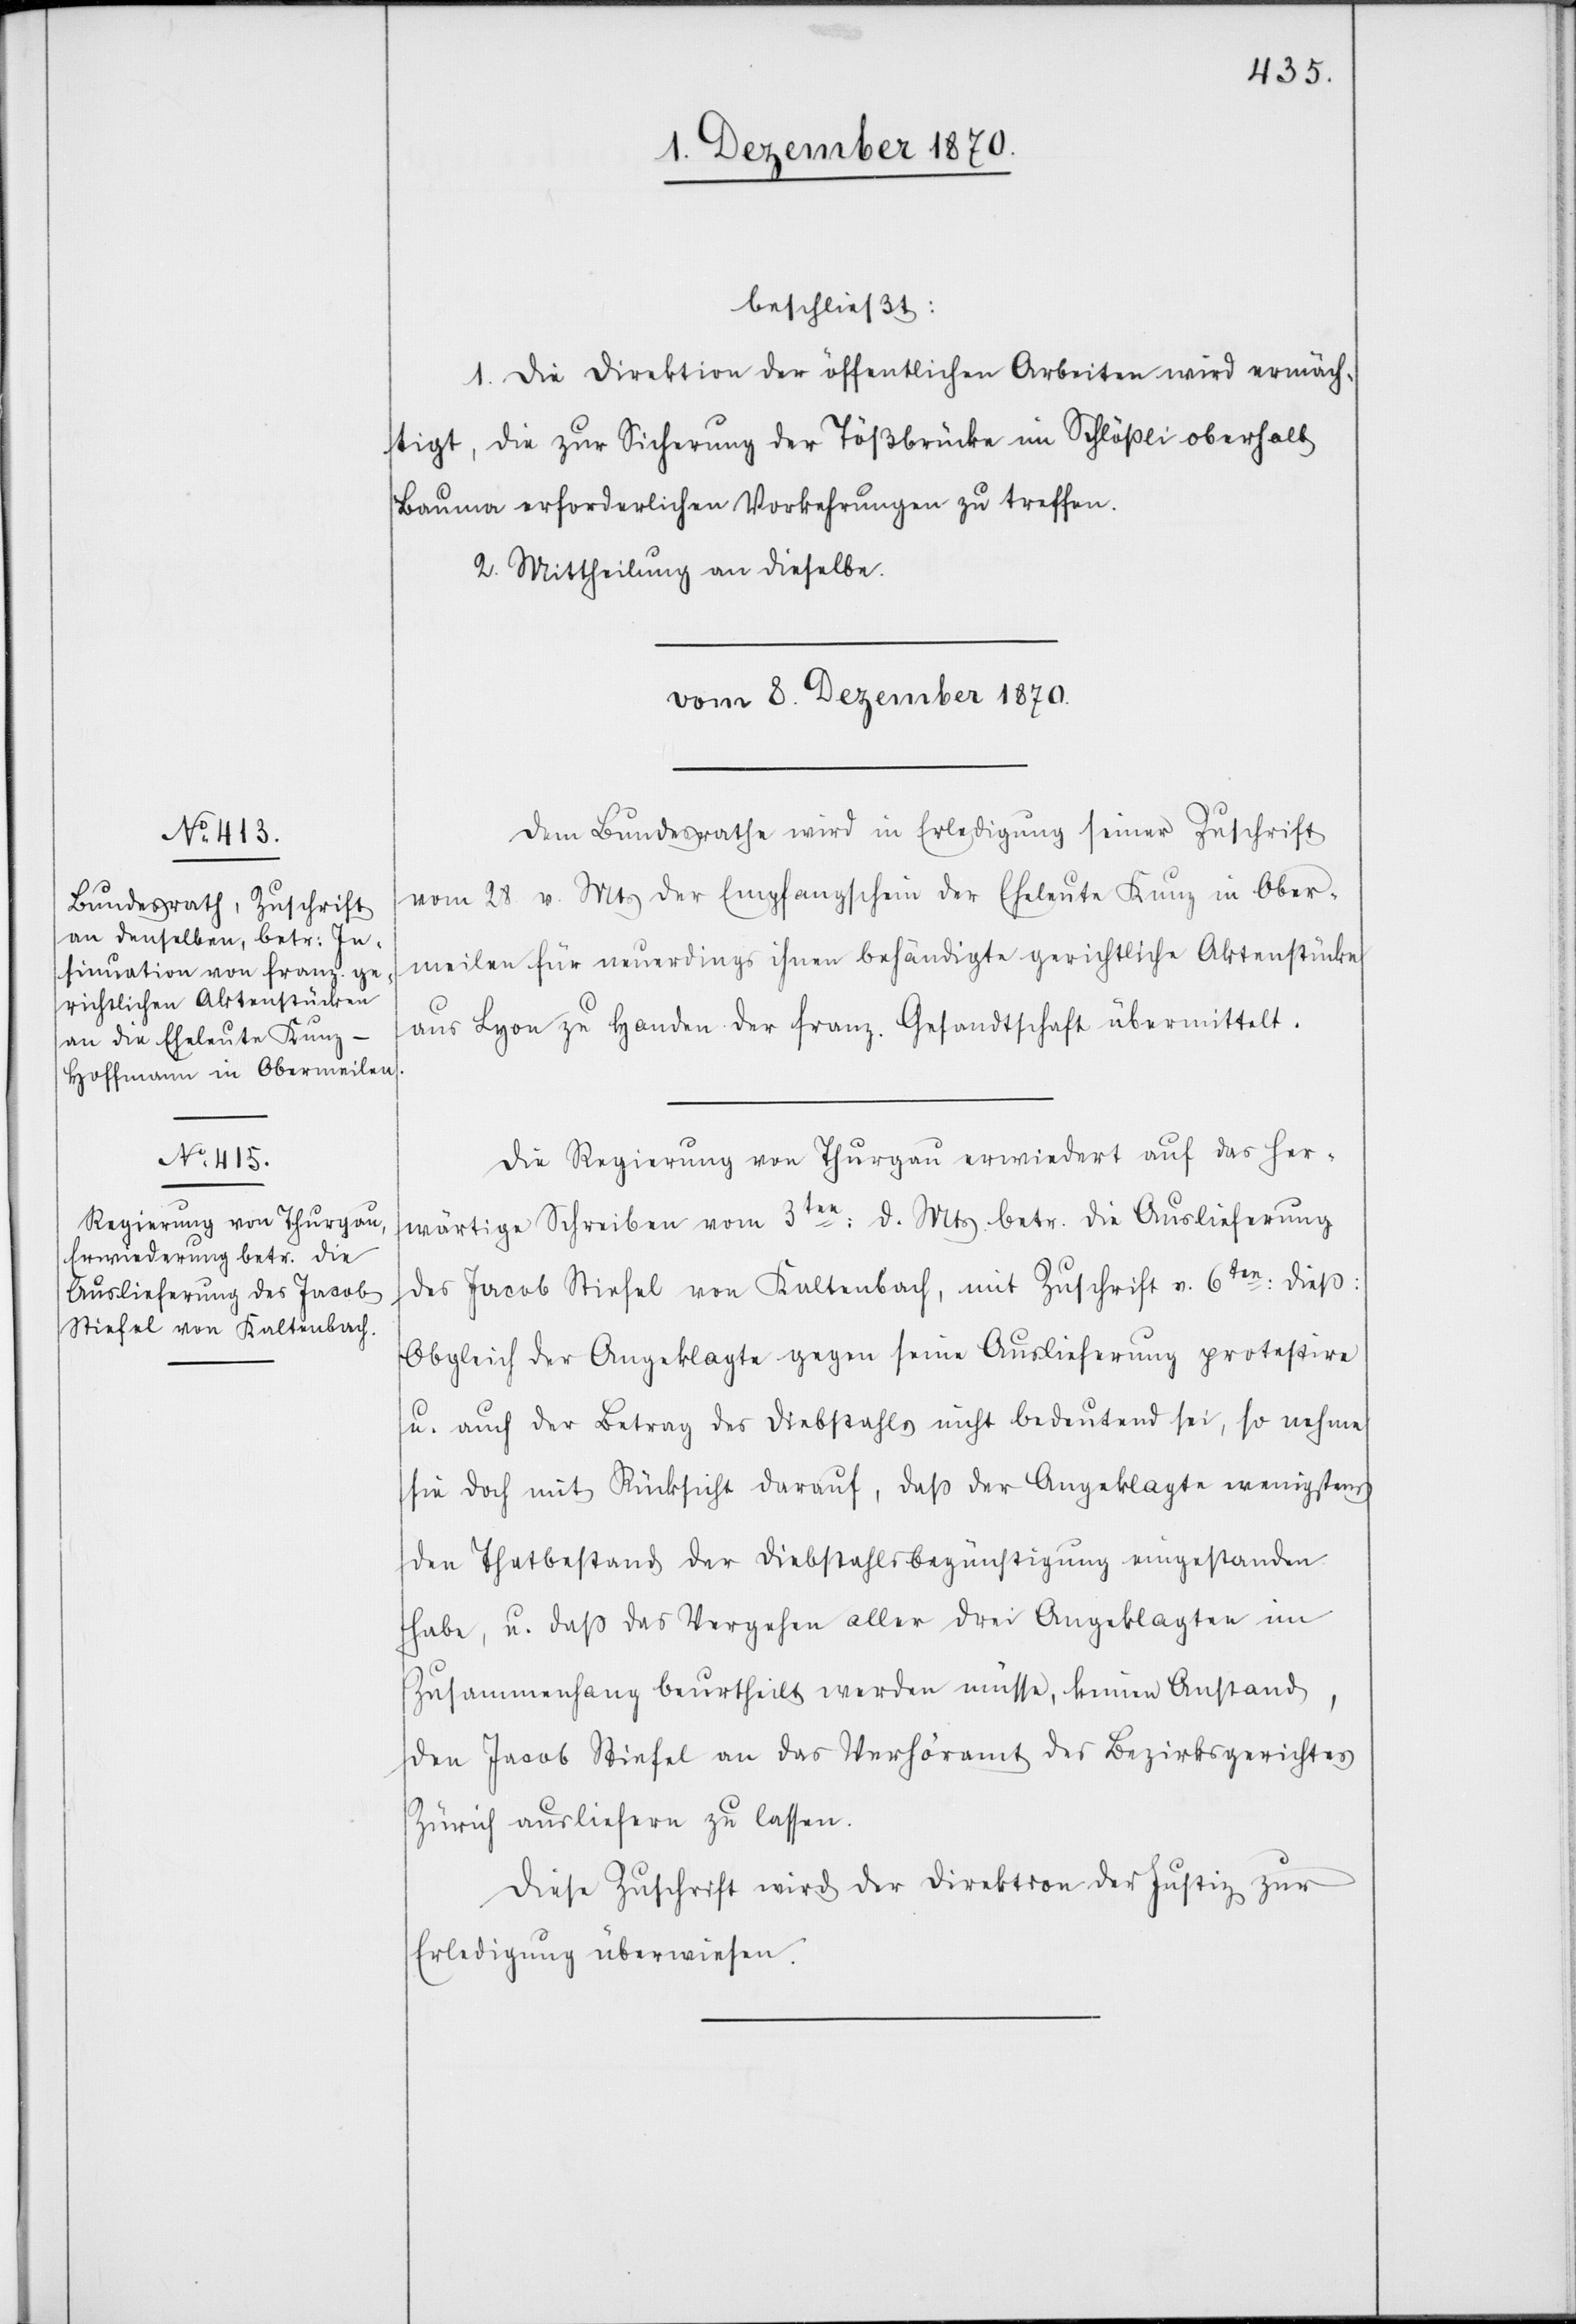
beschließt:
1. Die Direktion der öffentlichen Arbeiten wird ermäch¬
tigt, die zur Sicherung der Tößbrücke im Schlößli oberhalb
Bauma erforderlichen Vorkehrungen zu treffen.
2. Mittheilung an dieselbe.
vom 8. Dezember 1870.]
Dem Bundesrathe wird in Erledigung seiner Zuschrift
vom 28. v. Mts der Empfangschein der Eheleute Kunz in Ober¬
meilen für neuerdings ihnen behändigte gerichtliche Aktenstücke
aus Lyon zu Handen der franz. Gesandtschaft übermittelt.
Die Regierung von Thurgau erwiedert auf das her¬
wärtige Schreiben vom 3ten: d. Mts betr. die Auslieferung
des Jacob Stiefel von Kaltenbach, mit Zuschrift v. 6ten: dieß:
Obgleich der Angeklagte gegen seine Auslieferung protestire
u. auch der Betrag des Diebstahls nicht bedeutend sei, so nehme
sie doch mit Rücksicht darauf, daß der Angeklagte wenigstens
den Thatbestand der Diebstahlsbegünstigung eingestanden
habe, u. daß das Vergehen aller drei Angeklagten im
Zusammenhang beurtheilt werden müsse, keinen Anstand,
den Jacob Stiefel an das Verhöramt des Bezirksgerichtes
Zürich ausliefern zu lassen.
Diese Zuschrift wird der Direktion der Justiz zur
Erledigung überwiesen.

Verfügung